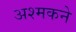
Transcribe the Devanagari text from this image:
अश्मकने